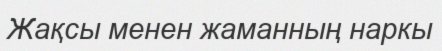
Жақсы менен жаманның наркы